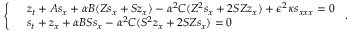
\left\{ \begin{array} { r l } & { z _ { t } + A s _ { x } + \alpha B ( Z s _ { x } + S z _ { x } ) - \alpha ^ { 2 } C ( Z ^ { 2 } s _ { x } + 2 S Z z _ { x } ) + \epsilon ^ { 2 } \kappa s _ { x x x } = 0 } \\ & { s _ { t } + z _ { x } + \alpha B S s _ { x } - \alpha ^ { 2 } C ( S ^ { 2 } z _ { x } + 2 S Z s _ { x } ) = 0 } \end{array} \right. \, .